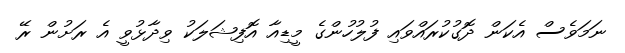
ނަމަވެސް އެކަން ދޮގުކުރައްވައި ފުލުހުންގެ މީޑިއާ އޮފިޝަލަކު ވިދާޅުވީ އެ ރަށުން ރޭ